Civil Veterinary Dept. Bombay admin report 1923-31 - 1923-1931
Year: 1923
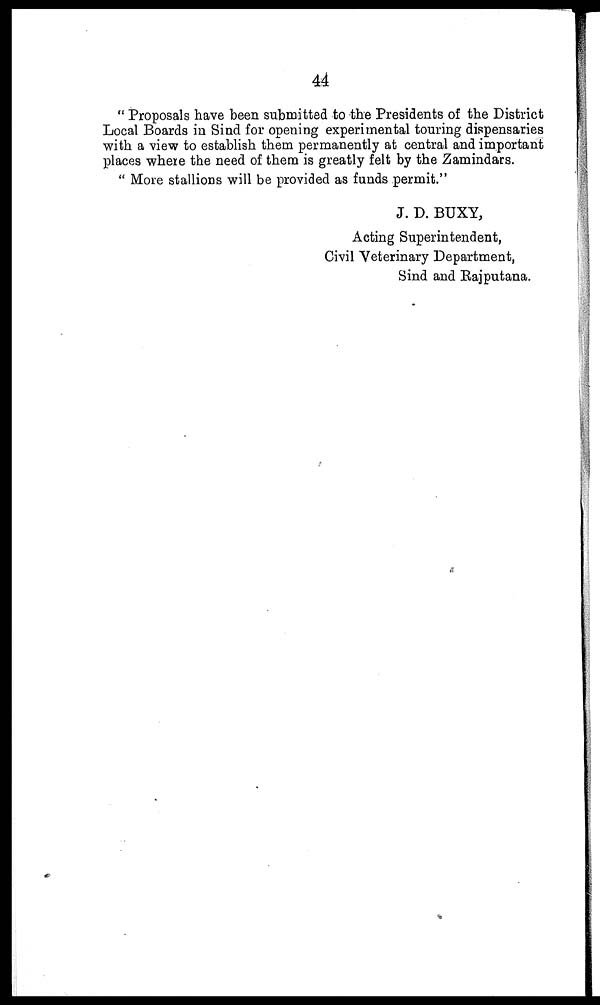
44
" Proposals have been submitted to the Presidents of the District
Local Boards in Sind for opening experimental touring dispensaries
with a view to establish them permanently at central and important
places where the need of them is greatly felt by the Zamindars.
" More stallions will be provided as funds permit."
J. D. BUXY,
Acting Superintendent,
Civil Veterinary Department,
Sind and Rajputana.